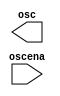
// megafunction wizard: %MAX II/MAX V oscillator%VBB%
// GENERATION: STANDARD
// VERSION: WM1.0
// MODULE: ALTUFM_OSC 

// ============================================================
// Megafunction Name(s):
// 			ALTUFM_OSC
//
// Simulation Library Files(s):
// 			maxii
// ============================================================
// ************************************************************
// THIS IS A WIZARD-GENERATED FILE. DO NOT EDIT THIS FILE!
//
// 12.1 Build 243 01/31/2013 SP 1 SJ Full Version
// ************************************************************

//Copyright (C) 1991-2012 Altera Corporation
//Your use of Altera Corporation's design tools, logic functions 
//and other software and tools, and its AMPP partner logic 
//functions, and any output files from any of the foregoing 
//(including device programming or simulation files), and any 
//associated documentation or information are expressly subject 
//to the terms and conditions of the Altera Program License 
//Subscription Agreement, Altera MegaCore Function License 
//Agreement, or other applicable license agreement, including, 
//without limitation, that your use is for the sole purpose of 
//programming logic devices manufactured by Altera and sold by 
//Altera or its authorized distributors.  Please refer to the 
//applicable agreement for further details.

module max_osc (
	oscena,
	osc)/* synthesis synthesis_clearbox = 1 */;

	input	  oscena;
	output	  osc;

endmodule

// ============================================================
// CNX file retrieval info
// ============================================================
// Retrieval info: LIBRARY: altera_mf altera_mf.altera_mf_components.all
// Retrieval info: PRIVATE: INTENDED_DEVICE_FAMILY STRING "MAX II"
// Retrieval info: CONSTANT: INTENDED_DEVICE_FAMILY STRING "UNUSED"
// Retrieval info: CONSTANT: LPM_HINT STRING "UNUSED"
// Retrieval info: CONSTANT: LPM_TYPE STRING "altufm_osc"
// Retrieval info: CONSTANT: OSC_FREQUENCY NUMERIC "180000"
// Retrieval info: USED_PORT: osc 0 0 0 0 OUTPUT NODEFVAL "osc"
// Retrieval info: CONNECT: osc 0 0 0 0 @osc 0 0 0 0
// Retrieval info: USED_PORT: oscena 0 0 0 0 INPUT NODEFVAL "oscena"
// Retrieval info: CONNECT: @oscena 0 0 0 0 oscena 0 0 0 0
// Retrieval info: GEN_FILE: TYPE_NORMAL max_osc.v TRUE FALSE
// Retrieval info: GEN_FILE: TYPE_NORMAL max_osc.qip TRUE FALSE
// Retrieval info: GEN_FILE: TYPE_NORMAL max_osc.bsf TRUE TRUE
// Retrieval info: GEN_FILE: TYPE_NORMAL max_osc_inst.v TRUE TRUE
// Retrieval info: GEN_FILE: TYPE_NORMAL max_osc_bb.v TRUE TRUE
// Retrieval info: GEN_FILE: TYPE_NORMAL max_osc.inc TRUE TRUE
// Retrieval info: GEN_FILE: TYPE_NORMAL max_osc.cmp TRUE TRUE
// Retrieval info: LIB_FILE: maxii